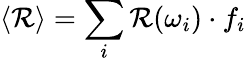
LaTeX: \left<\mathcal{R}\right>=\sum_{i}\mathcal{R}(\omega_{i})\cdot f_{i}